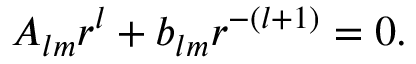
A _ { l m } r ^ { l } + b _ { l m } r ^ { - ( l + 1 ) } = 0 .